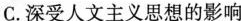
C. 深受人文主义思想的影响